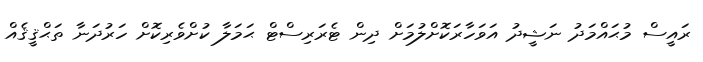
ރައީސް މުޙައްމަދު ނަޝީދު އަވަހާރަކޮށްލުމަށް ދިން ޓެރަރިސްޓް ޙަމަލާ ކުށްވެރިކޮށް ހަރުދަނާ ތަޙްޤީޤެއް